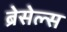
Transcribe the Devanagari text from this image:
ब्रेसेल्स